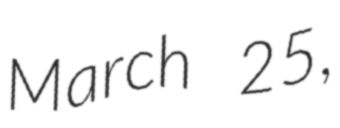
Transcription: March 25,